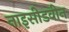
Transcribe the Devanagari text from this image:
नाइसीडवीन